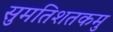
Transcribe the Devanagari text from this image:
सुमतिशतकमु